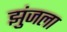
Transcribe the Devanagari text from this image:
झुंजला